Scottish Leaving Certificate Examination, 1951
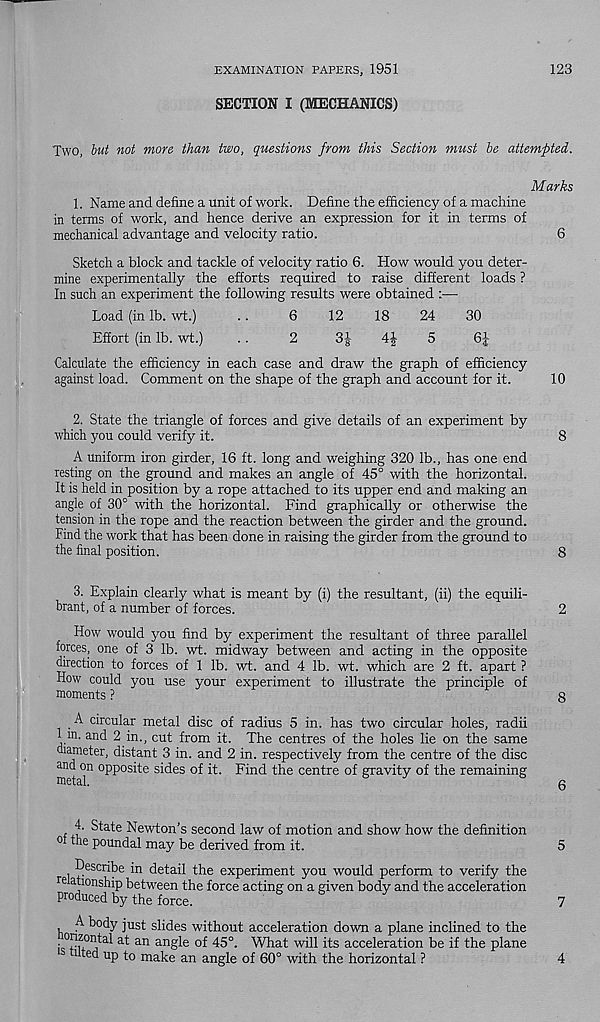
EXAMINATION PAPERS, 1951
123
SECTION I (MECHANICS)
Two, but not more than two, questions from this Section must be attempted.
Marks
1. Name and define a unit of work. Define the efficiency of a machine
in terms of work, and hence derive an expression for it in terms of
mechanical advantage and velocity ratio.
6
Sketch a block and tackle of velocity ratio 6. How would you deter-
mine experimentally the efforts required to raise different loads ?
In such an experiment the following results were obtained :—
Load (in lb. wt.)
..
6
12
18
24
30
Effort (in lb. wt.)
..
2
3-i-
5
6|
Calculate the efficiency in each case and draw the graph of efficiency
against load. Comment on the shape of the graph and account for it.
10
2. State the triangle of forces and give details of an experiment by
which you could verify it.
8
A uniform iron girder, 16 ft. long and weighing 320 lb., has one end
resting on the ground and makes an angle of 45° with the horizontal.
It is held in position by a rope attached to its upper end and making an
angle of 30° with the horizontal. Find graphically or otherwise the
tension in the rope and the reaction between the girder and the ground.
Find the work that has been done in raising the girder from the ground to
the final position.
8
3. Explain clearly what is meant by (i) the resultant, (ii) the equili-
hrant, of a number of forces.
2
How would you find by experiment the resultant of three parallel
forces, one of 3 lb. wt. midway between and acting in the opposite
direction to forces of 1 lb. wt. and 4 lb. wt. which are 2 ft. apart ?
How could you use your experiment to illustrate the principle of
moments ?
8
. A circular metal disc of radius 5 in. has two circular holes, radii
1 m. and 2 in., cut from it. The centres of the holes lie on the same
diameter, distant 3 in. and 2 in. respectively from the centre of the disc
and on opposite sides of it. Find the centre of gravity of the remaining
metal.
&
^
»
, 4- State Newton’s second law of motion and show how the definition
ot the pormdal may be derived from it.
Describe in detail the experiment you would perform to verify the
re ationship between the force acting on a given body and the acceleration
Produced by the force.
A. body just slides without acceleration down a plane inclined to the
ic°m Z f 0
an an g le 45°. What will its acceleration be if the plane
ted up to make an angle of 60° with the horizontal ?
5
7
4